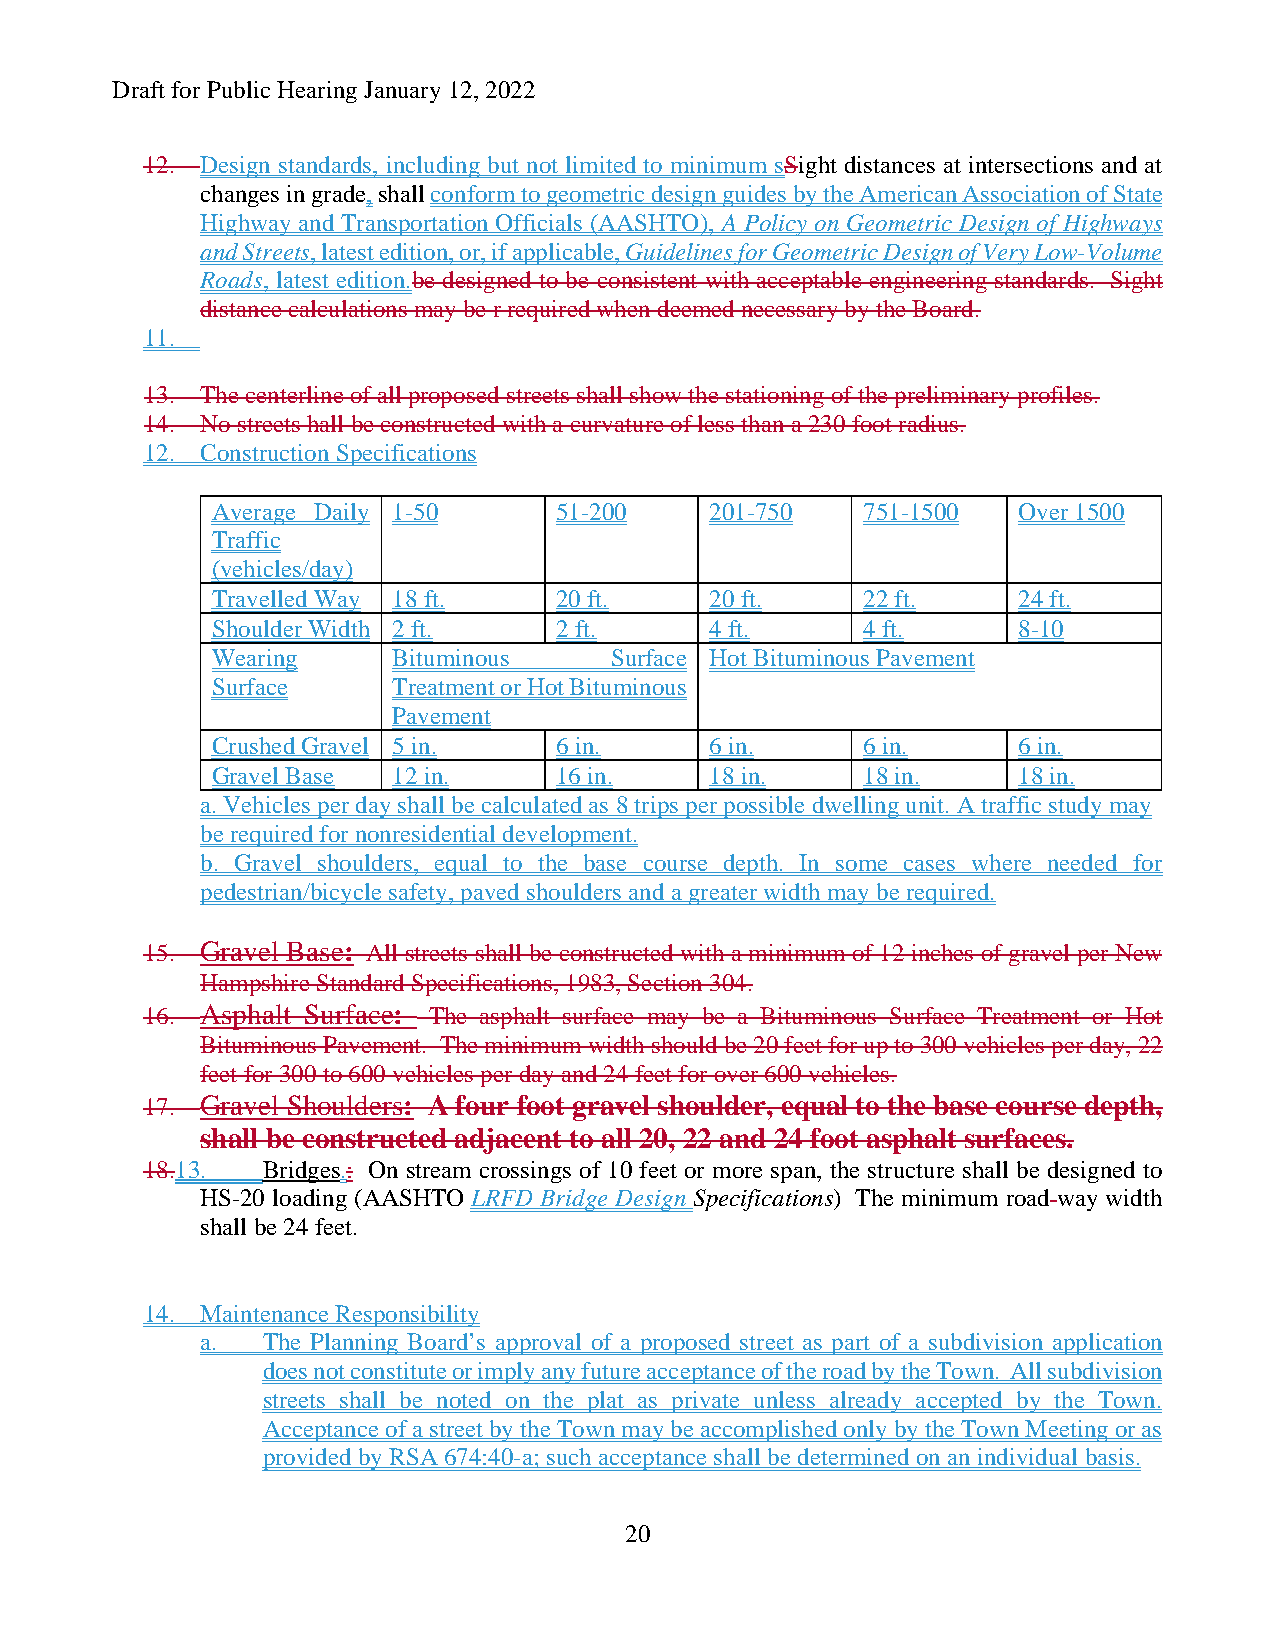
Draft for Public Hearing January 12, 2022
 12. Design standards, including but not limited to minimum sSight distances at intersections and at
 changes in grade, shall conform to geometric design guides by the American Association of State
 Highway and Transportation Officials (AASHTO), A Policy on Geometric Design of Highways
 and Streets, latest edition, or, if applicable, Guidelines for Geometric Design of Very Low-Volume
 Roads, latest edition.be designed to be consistent with acceptable engineering standards. Sight
 distance calculations may be r required when deemed necessary by the Board.
 11.
 13. The centerline of all proposed streets shall show the stationing of the preliminary profiles.
 14. No streets hall be constructed with a curvature of less than a 230 foot radius.
 12. Construction Specifications
 Average Daily 1-50     51-200    201-750   751-1500  Over 1500
 Traffic
 (vehicles/day)
 Travelled Way 18 ft.   20 ft.    20 ft.    22 ft.    24 ft.
 Shoulder Width 2 ft.   2 ft.     4 ft.     4 ft.     8-10
 Wearing     Bituminous    Surface Hot Bituminous Pavement
 Surface     Treatment or Hot Bituminous
 Pavement
 Crushed Gravel 5 in.   6 in.     6 in.     6 in.     6 in.
 Gravel Base 12 in.     16 in.    18 in.    18 in.    18 in.
 a. Vehicles per day shall be calculated as 8 trips per possible dwelling unit. A traffic study may
 be required for nonresidential development.
 b. Gravel shoulders, equal to the base course depth. In some cases where needed for
 pedestrian/bicycle safety, paved shoulders and a greater width may be required.
 15. Gravel Base: All streets shall be constructed with a minimum of 12 inches of gravel per New
 Hampshire Standard Specifications, 1983, Section 304.
 16. Asphalt Surface: The asphalt surface may be a Bituminous Surface Treatment or Hot
 Bituminous Pavement. The minimum width should be 20 feet for up to 300 vehicles per day, 22
 feet for 300 to 600 vehicles per day and 24 feet for over 600 vehicles.
 17. Gravel Shoulders: A four foot gravel shoulder, equal to the base course depth,
 shall be constructed adjacent to all 20, 22 and 24 foot asphalt surfaces.
 18.13. Bridges.: On stream crossings of 10 feet or more span, the structure shall be designed to
 HS-20 loading (AASHTO LRFD Bridge Design Specifications) The minimum road way width
 shall be 24 feet.
 14. Maintenance Responsibility
 a.  The Planning Board’s approval of a proposed street as part of a subdivision application
 does not constitute or imply any future acceptance of the road by the Town. All subdivision
 streets shall be noted on the plat as private unless already accepted by the Town.
 Acceptance of a street by the Town may be accomplished only by the Town Meeting or as
 provided by RSA 674:40-a; such acceptance shall be determined on an individual basis.
 20